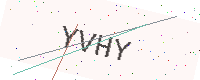
Text: YVHY